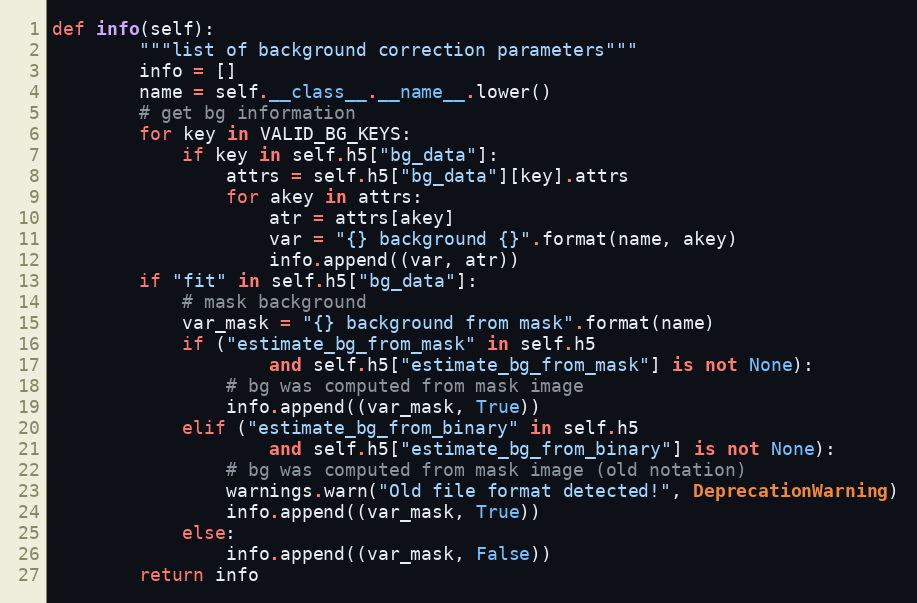
Language: Python
def info(self):
        """list of background correction parameters"""
        info = []
        name = self.__class__.__name__.lower()
        # get bg information
        for key in VALID_BG_KEYS:
            if key in self.h5["bg_data"]:
                attrs = self.h5["bg_data"][key].attrs
                for akey in attrs:
                    atr = attrs[akey]
                    var = "{} background {}".format(name, akey)
                    info.append((var, atr))
        if "fit" in self.h5["bg_data"]:
            # mask background
            var_mask = "{} background from mask".format(name)
            if ("estimate_bg_from_mask" in self.h5
                    and self.h5["estimate_bg_from_mask"] is not None):
                # bg was computed from mask image
                info.append((var_mask, True))
            elif ("estimate_bg_from_binary" in self.h5
                    and self.h5["estimate_bg_from_binary"] is not None):
                # bg was computed from mask image (old notation)
                warnings.warn("Old file format detected!", DeprecationWarning)
                info.append((var_mask, True))
            else:
                info.append((var_mask, False))
        return info